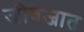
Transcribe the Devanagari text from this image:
जीवजात